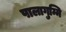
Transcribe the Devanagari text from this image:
पालागुम्मि